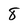
Character: 8